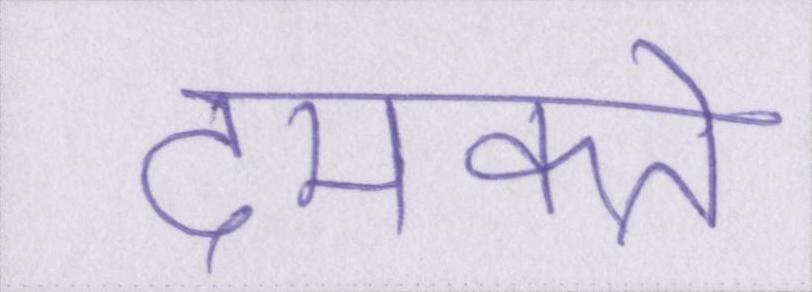
दमकते